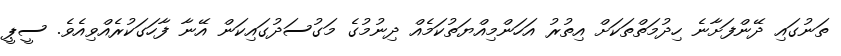
ތަނުގައި ދޭންފަށާނެ ހިދުމަތްތަކަށް އިތުރު އަހަންމިއްޔަތުކަމެއް ދިނުމުގެ މަގުސަދުގައިކަން އޭނާ ފާހަގަކުރެއްވިއެވެ. ސީޕީ